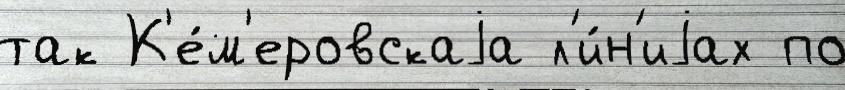
так К'е́м'еровскаjа л'и́н'иjах по